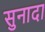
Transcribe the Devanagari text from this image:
सुनादा